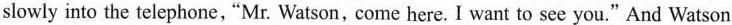
slowly into the telephone,"Mr. Watson, come here. I want to see you."And Watson